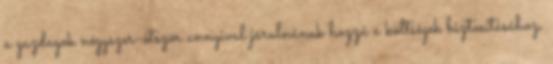
a gazdagok négyszer-ötször annyival járulnának hozzá a költségek biztosításához,